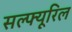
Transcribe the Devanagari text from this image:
सल्फ्यूरिल